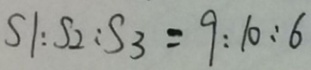
S 1 : S 2 : S 3 = 9 : 1 0 : 6